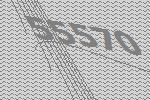
55570